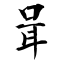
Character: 咠